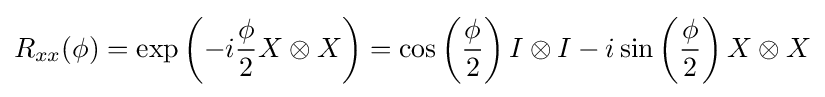
R_{xx}(\phi )=\exp \left(-i{\frac {\phi }{2}}X\otimes X\right)=\cos \left({\frac {\phi }{2}}\right)I\otimes I-i\sin \left({\frac {\phi }{2}}\right)X\otimes X